Lunatic asylums Central Provinces reports 1874-1885 - 1874-1885
Year: 1874
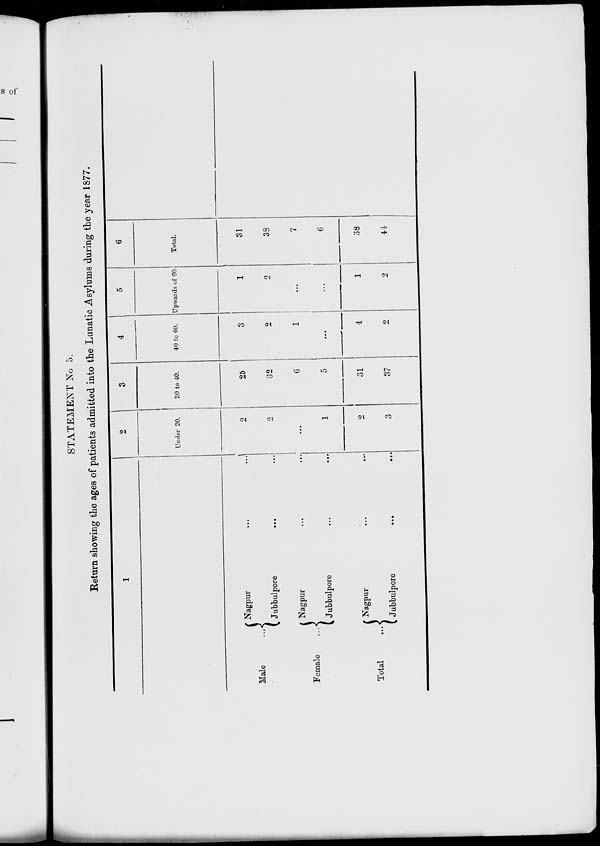
STATEMENT No 5.
Return showing the ages of patients admitted into the Lunatic Asylums during the year 1877.
1
Male ...
Female ...
Total ...
Nagpur ... ...
Jubbulpore
... ...
Nagpur ... ...
Jubbulpore ... ...
Nagpur ... ...
Jubbulpore
...
...
2
Under 20.
2
2
...
1
2
3
3
20 to 40.
25
32
6
5
31
37
4
40 to 60.
3
2
1
...
4
2
5
Upwards of 60.
1
2
...
...
1
2
6
Total.
31
38
7
6
38
44